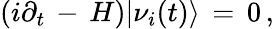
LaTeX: \left(i\partial_{t}\, -\, H\right)|\nu_{i}(t)\rangle\, =\, 0\, ,